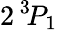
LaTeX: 2\, ^{3}\! P_{1}